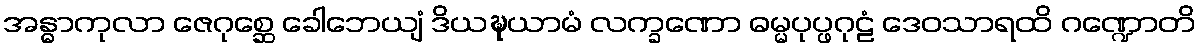
အန္ဓာကုလာ ဇေဂုစ္ဆေ ခေါဘေယျံ ဒိယဍ္ဎယာမံ လက္ခဏော ဓမ္မပုပ္ဖဂုဠံ ဒေဝသာရထိ ဂဏ္ဍောတိ